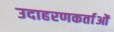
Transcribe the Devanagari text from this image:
उदाहरणकर्ताओं